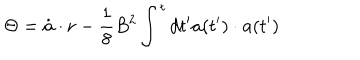
\Theta = \dot { \bf a } \cdot { \bf r } - { \frac { 1 } { 8 } } B ^ { 2 } \int ^ { t } d t ^ { \prime } { \bf a } ( t ^ { \prime } ) \cdot { \bf a } ( t ^ { \prime } )